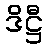
ဒိဋ္ဌီ